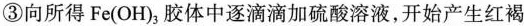
③向所得Fe(OH)_{3}胶体中逐滴滴加硫酸溶液，开始产生红褐